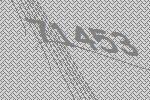
71453